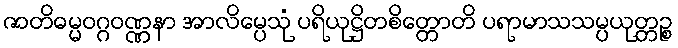
ဇာတိဓမ္မဝဂ္ဂဝဏ္ဏနာ အာလိမ္ပေသုံ ပရိယုဋ္ဌိတစိတ္တောတိ ပရာမာသသမ္ပယုတ္တဉ္စ